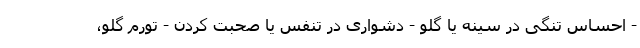
- احساس تنگی در سینه یا گلو - دشواری در تنفس یا صحبت کردن - تورم گلو،